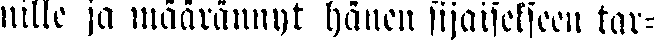
uille ja määrännyt hänen sijaisekseen tar-